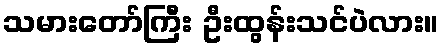
သမားတော်ကြီး ဦးထွန်းသင်ပဲလား။